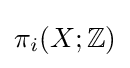
\pi _{i}(X;\mathbb {Z} )